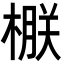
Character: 㮳